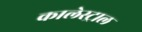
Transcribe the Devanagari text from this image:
कालेस्ट्राल